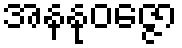
အနနုဝဇ္ဇော